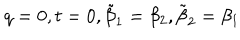
q = 0 , t = 0 , \tilde { \beta } _ { 1 } = \beta _ { 2 } , \tilde { \beta } _ { 2 } = \beta _ { 1 }